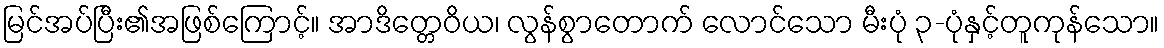
မြင်အပ်ပြီး၏အဖြစ်ကြောင့်။ အာဒိတ္တေဝိယ၊ လွန်စွာတောက် လောင်သော မီးပုံ ၃-ပုံနှင့်တူကုန်သော။